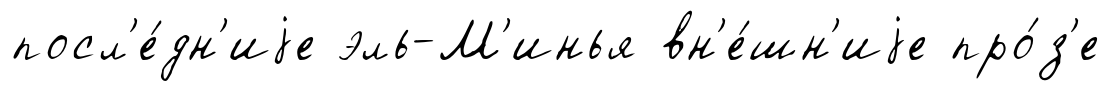
посл'е́дн'иjе эль-М'инья вн'е́шн'иjе про́з'е